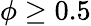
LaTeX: \phi\geq 0.5